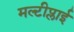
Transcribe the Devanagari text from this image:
मल्टीप्लाई